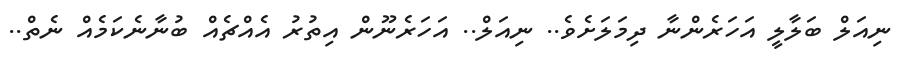
ނިއަލް ބަލާލީ އަހަރެންނާ ދިމަލަށެވެ.. ނިއަލް.. އަހަރެނޫން އިތުރު އެއްޗެއް ބުނާނެކަމެއް ނެތް..